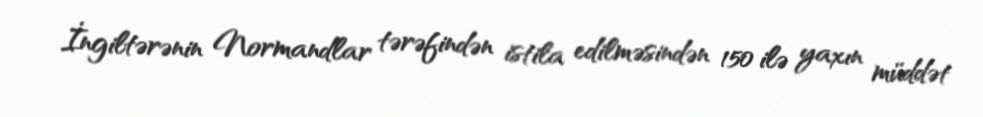
İngiltərənin Normandlar tərəfindən istila edilməsindən 150 ilə yaxın müddət